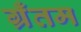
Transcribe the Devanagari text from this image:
ग्रँतम